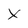
Character: X